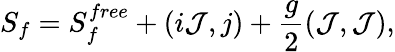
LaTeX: S_{f}=S_{f}^{free}+(i{\cal J},j)+{\frac{g}{2}}({\cal J},{\cal J}),